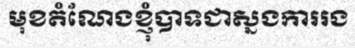
មុខតំណែងខ្ញុំបាទជាស្នងការរង